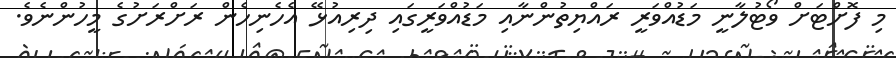
މި ފޮށްޓަށް ވޯޓުލާނީ މަޑުއްވަރީ ރައްޔިތުންނާއި މަޑުއްވަރީގައި ދިރިއުޅޭ އެހެނިހެން ރަށްރަށުގެ މީހުންނެވެ.